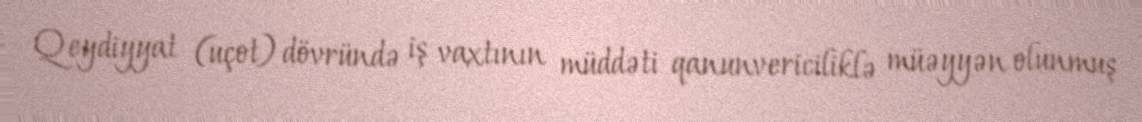
Qeydiyyat (uçot) dövründə iş vaxtının müddəti qanunvericiliklə müəyyən olunmuş